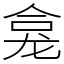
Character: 龛